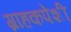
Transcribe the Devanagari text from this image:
ग्राहकपेशी